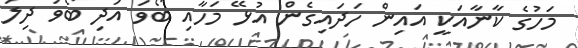
މަހުގެ ކާނާއަކީ އައިން ހަދައިގެން އުޅޭ މަހާއި ބޯވަ އަދި ބޯވަ ދިލަ